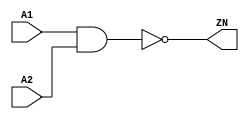
module NAND2_X4 (A1, A2, ZN);
  input A1;
  input A2;
  output ZN;

  not(ZN, i_10);
  and(i_10, A1, A2);


endmodule